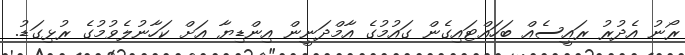
ރޯނު އެދުރު ރައީސެއް ބަހައްޓައިގެން ގައުމުގެ އާމްދަނީން އިންޑިޔާ އަށް ކަހާނުލެވުމުގެ ރުޅިގަޑު.